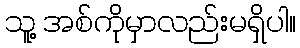
သူ့ အစ်ကိုမှာလည်းမရှိပါ။